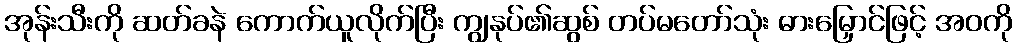
အုန်းသီးကို ဆတ်ခနဲ ကောက်ယူလိုက်ပြီး ကျွနုပ်၏ဆွစ် တပ်မတော်သုံး ဓားမြှောင်ဖြင့် အဝကို